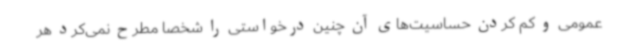
عمومی و کم کردن حساسیت‌های آن چنین درخواستی را شخصا مطرح نمی‌کرد هر